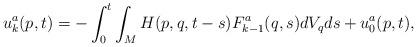
LaTeX: \begin{align*}u^a_k (p, t) = - \int_0^t \int_M H(p, q , t-s) F^a_{k-1} (q, s) dV_q d s + u^a_0 (p,t),\end{align*}